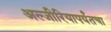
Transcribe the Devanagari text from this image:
अल्जीरियापर्यंतचा